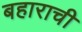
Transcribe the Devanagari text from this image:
बहाराची